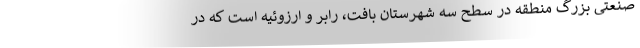
صنعتی بزرگ منطقه در سطح سه شهرستان بافت، رابر و ارزوئیه است که در